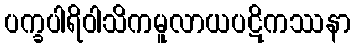
ပက္ခပါရိဝါသိကမူလာယပဋိကဿနာ